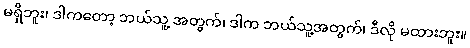
မရှိဘူး၊ ဒါကတော့ ဘယ်သူ့ အတွက်၊ ဒါက ဘယ်သူ့အတွက်၊ ဒီလို မထားဘူး။